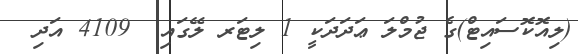
(ލިއޮކޮސައިޓް)ގެ ޖުމްލަ ޢަދަދަކީ 1 ލިޓަރ ލޭގައި  4109 އަދި